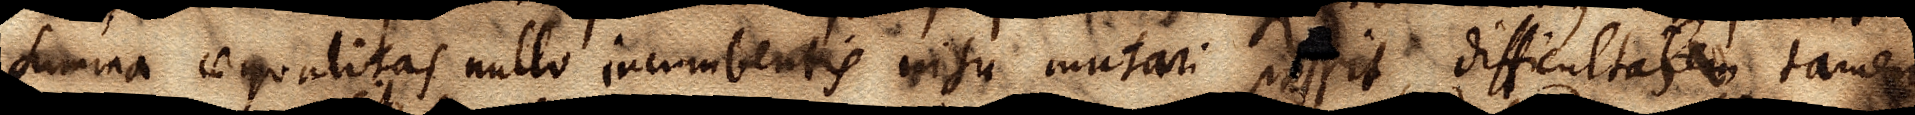
summa aequalitas nullo incumbentis nisu mutari possit, difficultas tamen